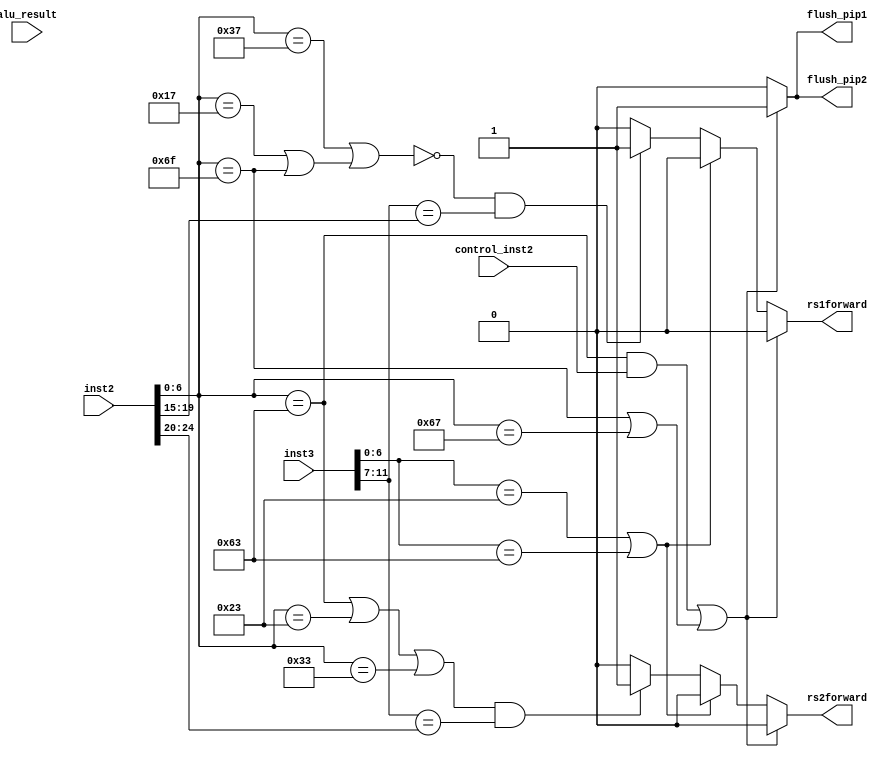
module Forwarding(
	input [31:0] inst2,
	input [31:0] inst3,
	input control_inst2,
	input [31:0] alu_result,
	output rs1forward,
	output rs2forward,
	output flush_pip1,
	output flush_pip2
	);


	/*
	Data_hazard
	idea: If we have a data_hazard such as using a resisters before updating it, we will forward the value
	*/
	// R-R type - When we compare inst3 and inst2, if rd is either rs1 or rs2 or both, we need to forward
	// R-I or I-R 
	// I-I type
	localparam ZERO_BRANCH = 32'b1;
	localparam RTYPE = 7'b0110011;
	localparam IMMTYPE = 7'b0010011;
	localparam LOAD_ITYPE = 7'b0000011;
	localparam STYPE = 7'b0100011;  // SB
	localparam SBTYPE = 7'b1100011; // BEQ
	localparam LUI = 7'b0110111;
	localparam AUIPC = 7'b0010111;
	localparam JAL = 7'b1101111;
	localparam JALR = 7'b1100111;
        wire [6:0] op2 = inst2[6:0];
	wire [6:0] op3 = inst3[6:0];
	wire [4:0] rd3 = inst3[11:7];
	wire [4:0] rd2 = inst2[11:7];
	
	// rs1 and rs2 from 2nd instruction
	wire [4:0] rs1_2 = inst2[19:15];
	wire [4:0] rs2_2 = inst2[24:20];

	wire isUsingRD3_inst3 = !((op3 == STYPE) || (op3 == SBTYPE)); // STYPE and SBTYPE
	wire isUsingRS1_inst2 = !((op2 == LUI) || (op2 == AUIPC || op2 == JAL)); // RS1 is used for all three instructions
	wire isUsingRS2_inst2 = (op2 == SBTYPE) || (op2 == STYPE) || (op2 == RTYPE);

	wire isControl = ((op2 == SBTYPE) && (control_inst2)) || (op2 == JAL || op2 == JALR);
	wire isLoad = (op3 == LOAD_ITYPE) && (((isUsingRS1_inst2) && (rd3 == rs1_2)) || ((isUsingRS2_inst2)&&(rd3 == rs2_2))); // Need to check if 
	//wire isData;


	reg t_isControl;
	reg t_isLoad;
	reg t_isData;

	reg r_rs1forward;
	reg r_rs2forward;
	reg r_flush_pip1;
	reg r_flush_pip2;
	reg r_PC_ORIGNAL;


	// HAZARD
	always @(*) begin 
		// Control 
		if(isControl) begin
			r_rs1forward = 1'b0;
			r_rs2forward = 1'b0;
			r_flush_pip1 = 1'b1;
			r_flush_pip2 = 1'b1;
		end
		else if(isLoad) begin
			if(isUsingRD3_inst3) begin // Instead feeding NOP, just flushing pipeline
				r_flush_pip1 = 1'b0;
				r_flush_pip2 = 1'b0;
				if(isUsingRS1_inst2 && (rd3 == rs1_2))
					r_rs1forward = 1'b1;
				else
					r_rs1forward = 1'b0;
				if(isUsingRS2_inst2 && (rd3 == rs2_2))
					r_rs2forward = 1'b1;
				else
					r_rs2forward = 1'b0;
			end
			else begin
				r_flush_pip1 = 1'b0;
				r_flush_pip2 = 1'b0;
				r_rs1forward = 1'b0;
				r_rs2forward = 1'b0;
			end
		end
		else if(isUsingRD3_inst3) begin // Instead feeding NOP, just flushing pipeline
			r_flush_pip1 = 1'b0;
			r_flush_pip2 = 1'b0;
			if(isUsingRS1_inst2 && (rd3 == rs1_2))
				r_rs1forward = 1'b1;
			else
				r_rs1forward = 1'b0;
			if(isUsingRS2_inst2 && (rd3 == rs2_2))
				r_rs2forward = 1'b1;
			else
				r_rs2forward = 1'b0;
		end
		else begin
			r_flush_pip1 = 1'b0;
			r_flush_pip2 = 1'b0;
			r_PC_ORIGNAL = 1'b0;
			r_rs1forward = 1'b0;
			r_rs2forward = 1'b0;
		end
	end

	assign rs1forward = r_rs1forward;
	assign rs2forward = r_rs2forward;
	assign flush_pip1 = r_flush_pip1;
	assign flush_pip2 = r_flush_pip2;
	
endmodule